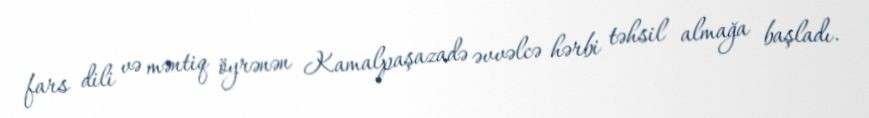
fars dili və məntiq öyrənən Kamalpaşazadə əvvəlcə hərbi təhsil almağa başladı.